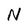
Character: N